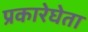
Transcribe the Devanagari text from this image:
प्रकारेघेता